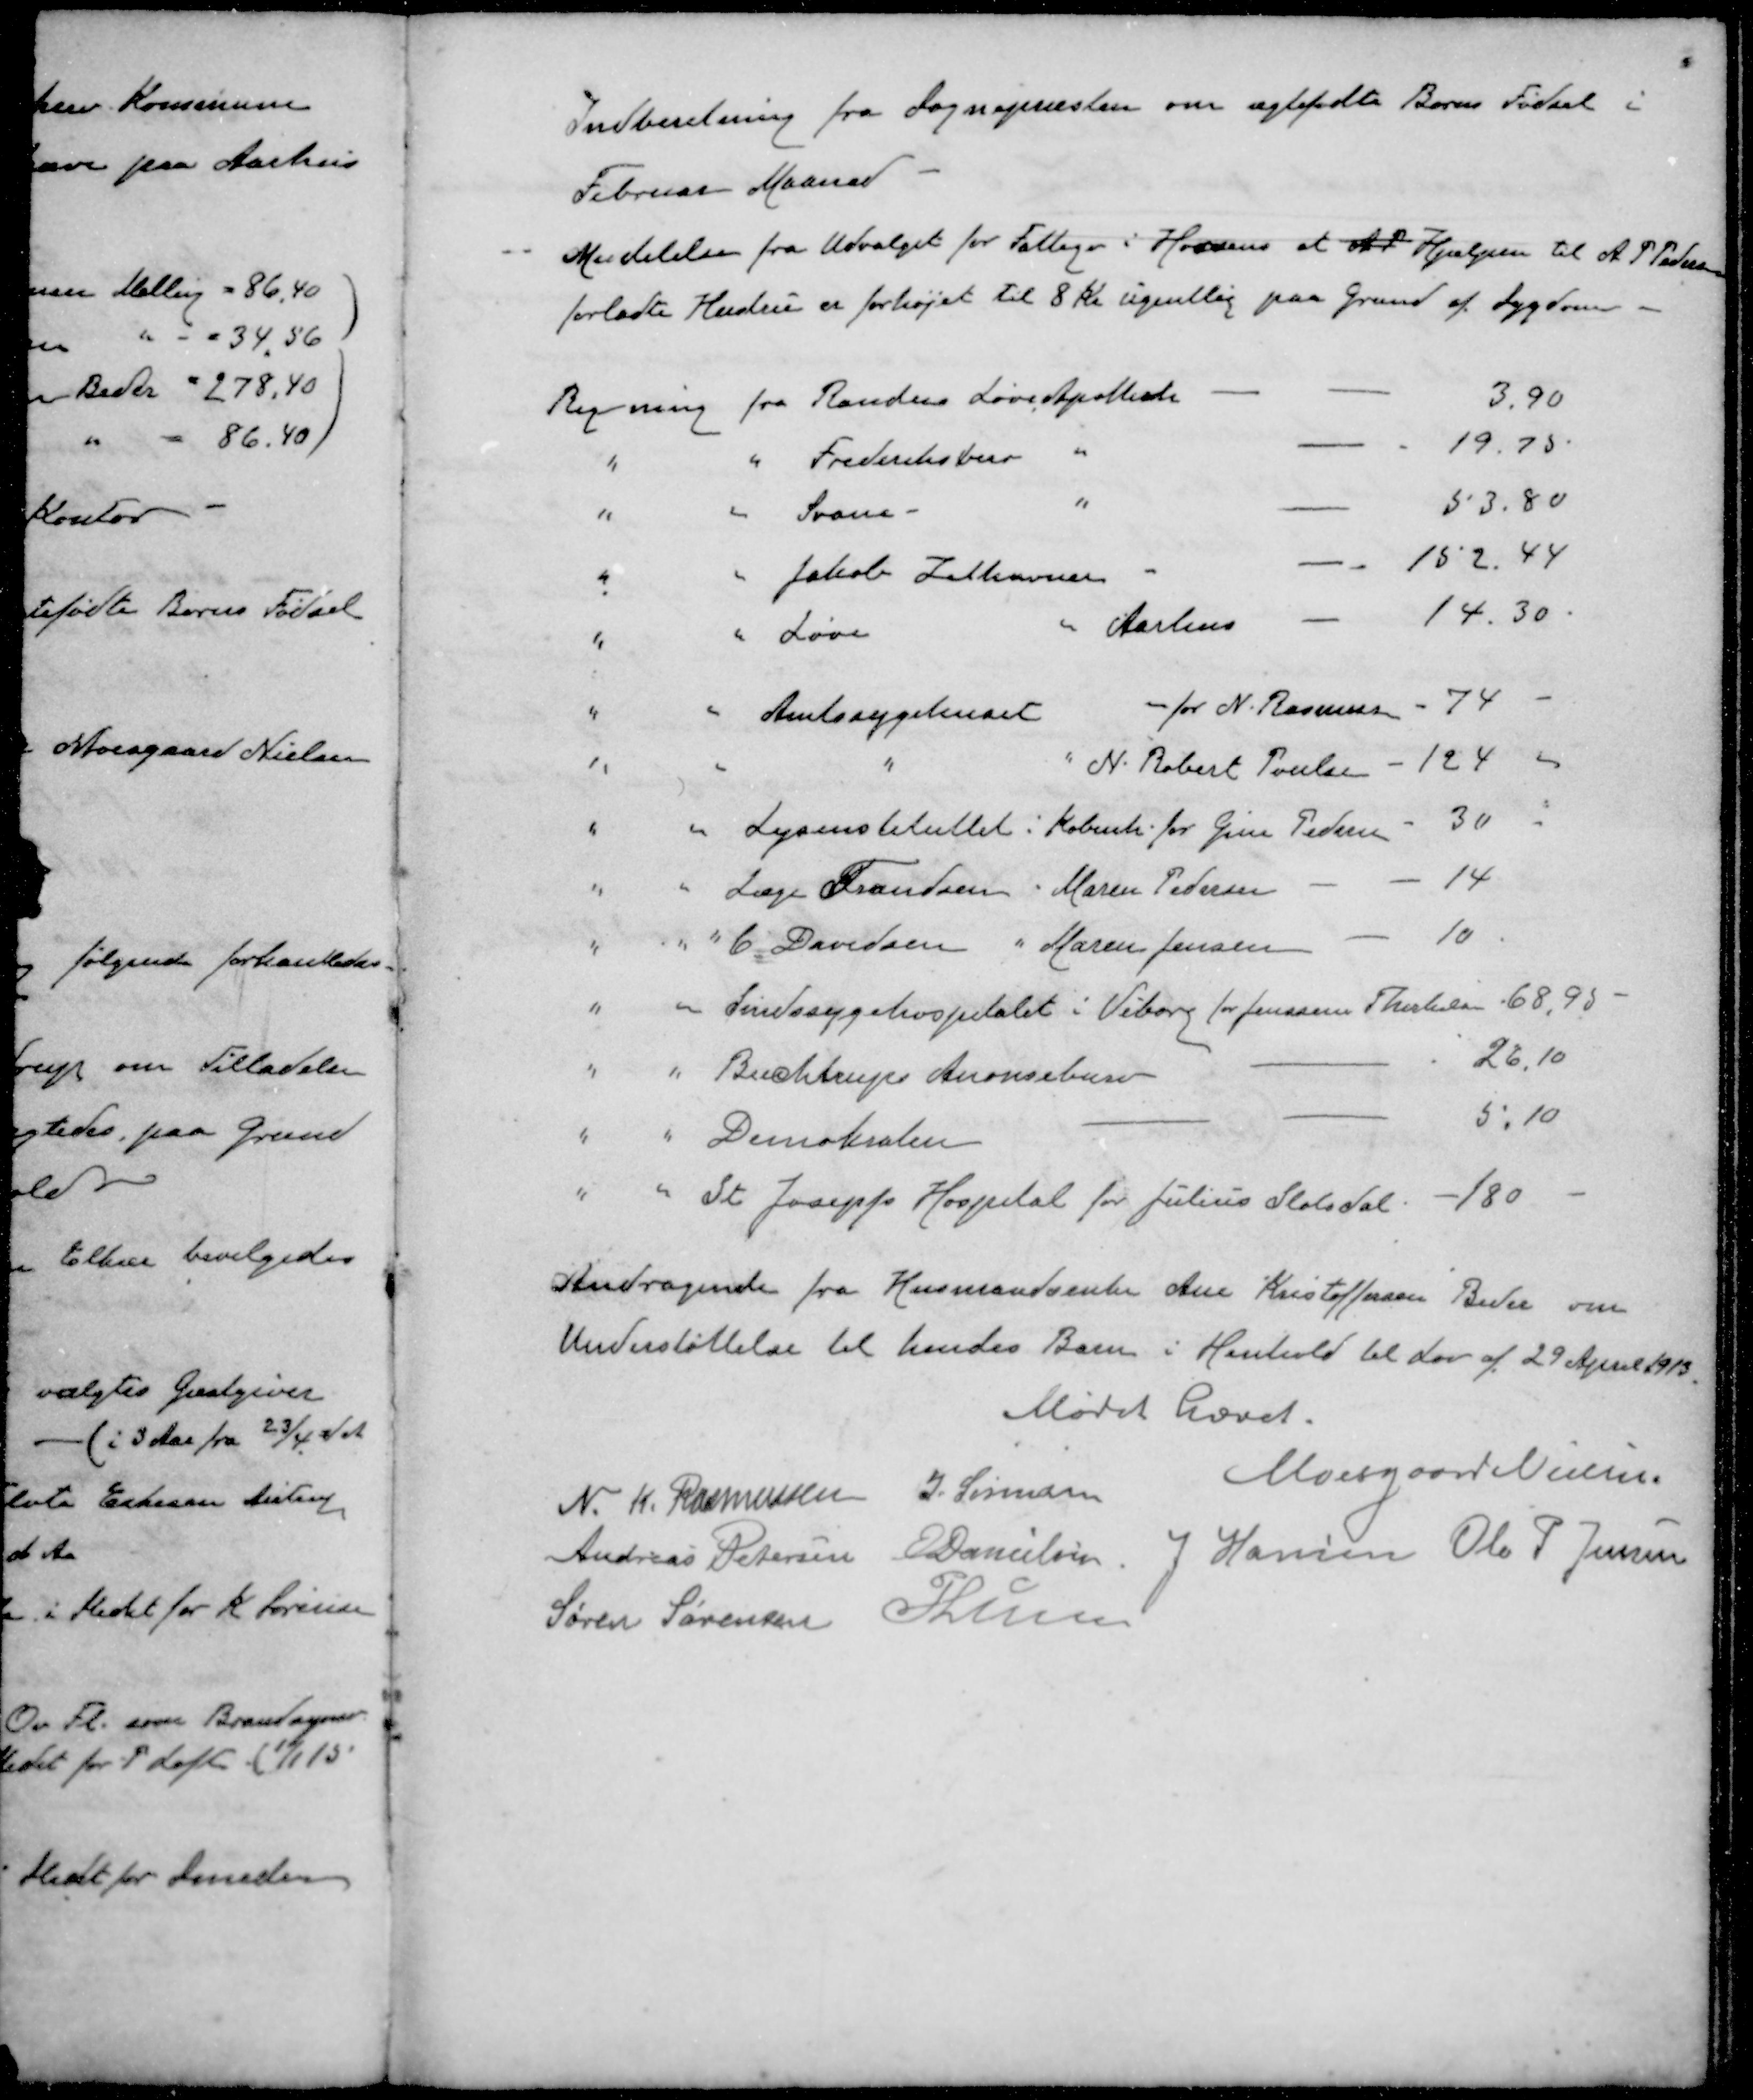
Transskription:
Indberetning fra Sognepræsten om ægtefødte Børns Fødsel i
Februar Maaned
Meddelelse fra Udvalget for Fattige i Holdens at A. P. Hjælpen til A P Pedersen
forladte Hustru er forhøjet til 8 Kr ugentlig paa Grund af Sygdom
Regning fra Randers Løve Apothek -
-
-
3.90
"
"
Frederiksberg
"
-
19.75
"
"
Svane-
"
-
53.80
"
"
Jakob Zttheuner
- 
152,44
"
"
Løve
"
Aarhus
-
14.30
"
"
Amtssygehuset
" for N. Rasmussen - 74 -
"
"
"
" N. Robert Poulsen - 124
"
"
Lysinstiluttet i Københ. for Gina Pedersen 30
"
"
Læge Frandsen " Maren Pedersen
-
-
14
"
"
"
C Davidsen " Maren Jensen
-
10
"
"
Sindssygehospitalet i Viborg for Jensine Therkelsen 68,95 -
"
"
Buchtrups Anoncebure
-
26.10
"
"
Demokraten
-
-
5.10
"
"
St. Josephs Hospital for Julius Slotsdal - 180 -
Andragende fra Husmandsenke Ane Kristoffersen Beder om
Understøttelse til hendes Barn i Henhold til Lov af 29 April 1913
Mødet hævet.
Moesgaard Nielsen
N. K. Rasmussen
J. Sørensen
Andreas Petersen
E Danielsen
J Hansen
Ole P Jensen
Søren Sørensen
P Lunn